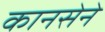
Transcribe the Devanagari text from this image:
कानसेने